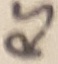
Text: RS